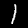
Digit: 1